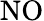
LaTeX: \mathrm{NO}